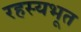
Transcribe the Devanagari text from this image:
रहस्यभूत